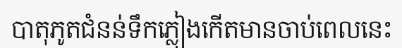
បាតុភូតជំនន់ទឹកភ្លៀងកើតមានចាប់ពេលនេះ